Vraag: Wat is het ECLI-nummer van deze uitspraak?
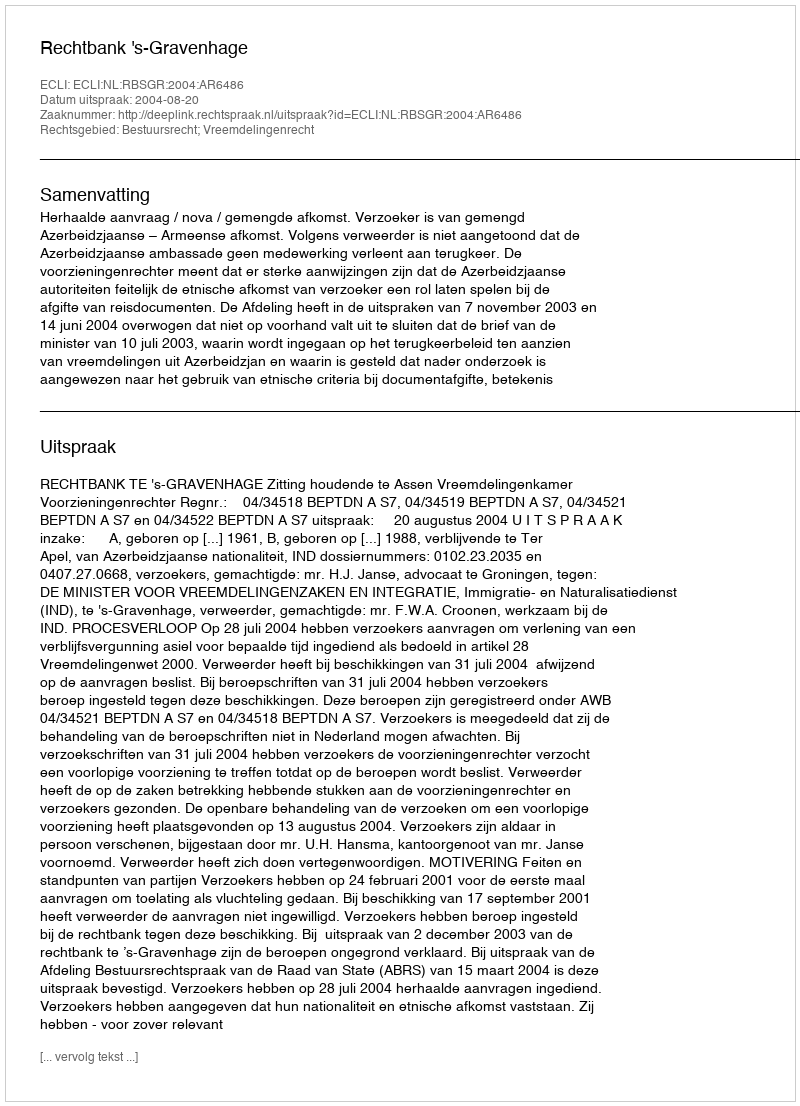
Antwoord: ECLI:NL:RBSGR:2004:AR6486